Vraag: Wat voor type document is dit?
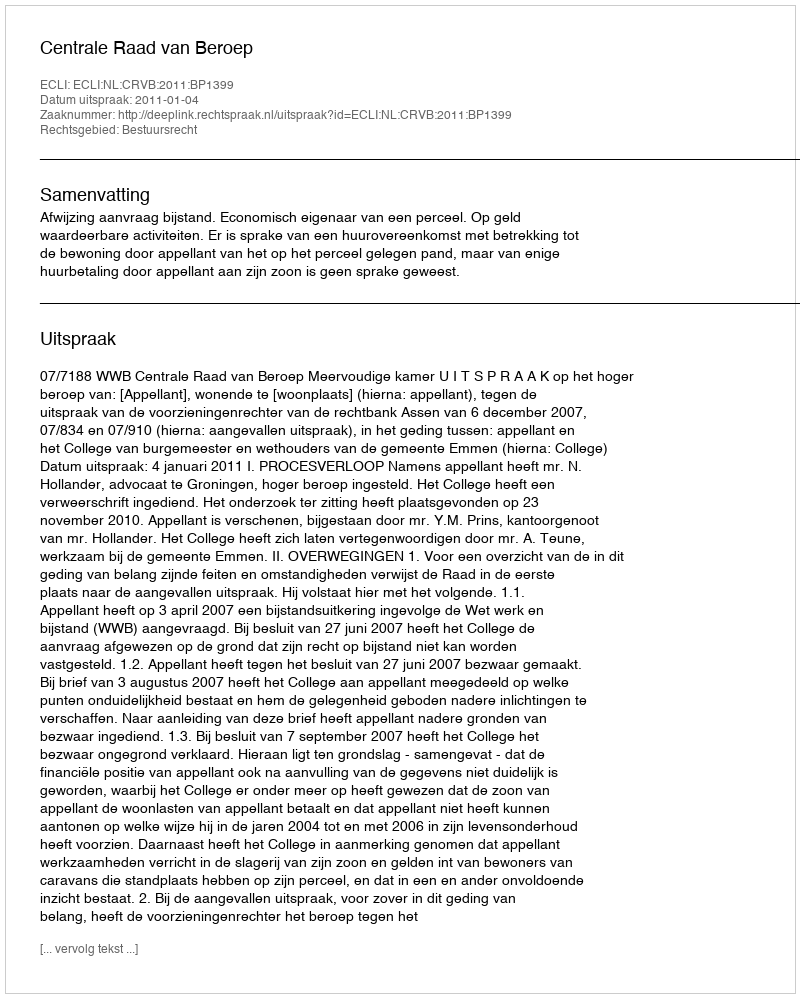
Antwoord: Uitspraak